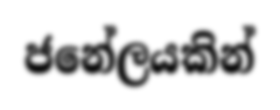
ජනේලයකින්